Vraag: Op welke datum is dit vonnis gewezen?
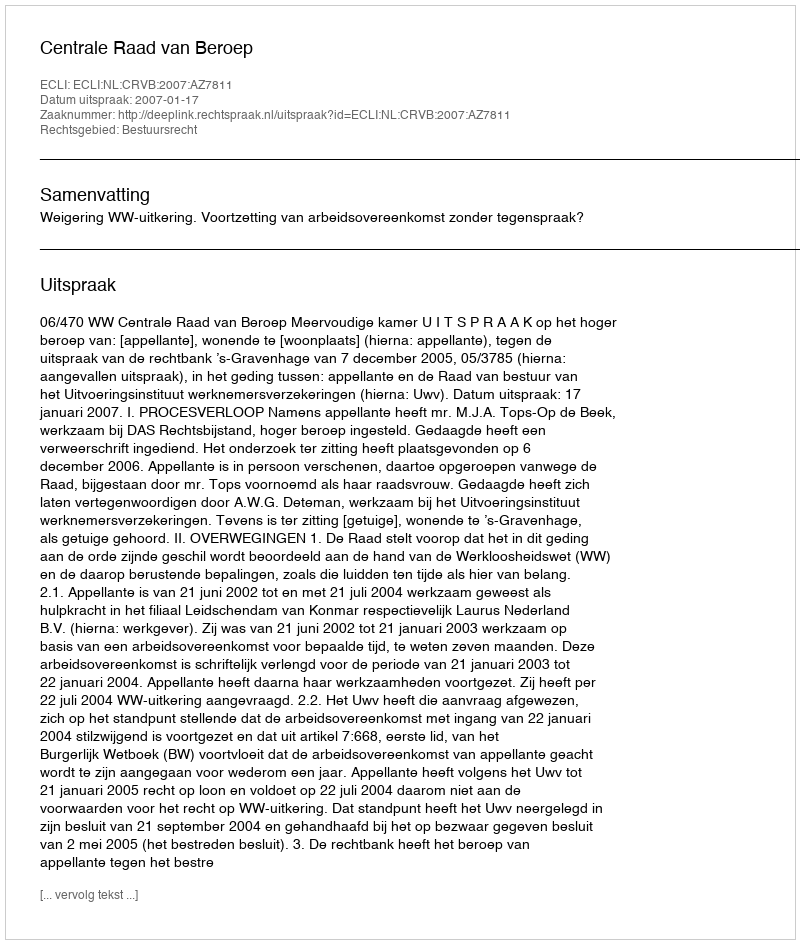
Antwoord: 2007-01-17